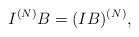
LaTeX: \begin{align*}I^{(N)} B = (IB)^{(N)},\end{align*}